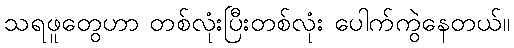
သရဖူတွေဟာ တစ်လုံးပြီးတစ်လုံး ပေါက်ကွဲနေတယ်။